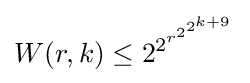
W(r,k)\leq 2^{2^{r^{2^{2^{k+9}}}}}